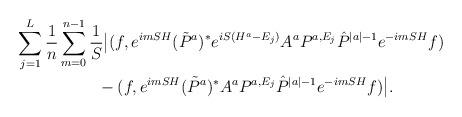
LaTeX: \begin{align*}\begin{aligned}&\sum_{j=1}^L\frac{1}{n}\sum_{m=0}^{n-1}\frac{1}{S}\bigl|(f,e^{imSH}({\tilde P}^a)^* e^{iS(H^a-E_j)}A^a P^{a,E_j}{\hat P}^{|a|-1} e^{-imSH}f)\\&\quad\quad\quad\quad\quad-(f,e^{imSH}({\tilde P}^a)^* A^a P^{a,E_j}{\hat P}^{|a|-1} e^{-imSH}f)\bigr|.\end{aligned}\end{align*}